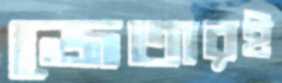
জেতারই